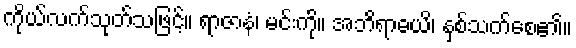
ကိုယ်လက်သုတ်သဖြင့်။ ရာဇာနံ၊ မင်းကို။ အဘိရာဓယိ၊ နှစ်သက်စေ၏။